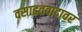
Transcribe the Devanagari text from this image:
वसाहतवादावर